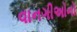
વાનગીઅોનો